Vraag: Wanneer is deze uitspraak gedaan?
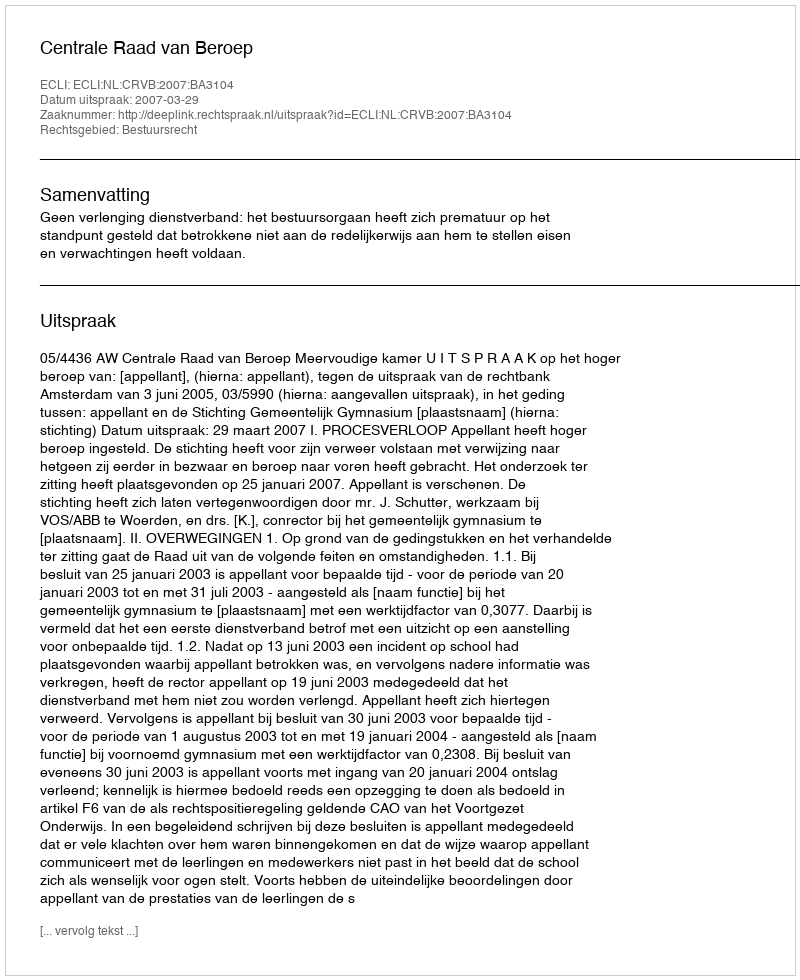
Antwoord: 2007-03-29